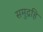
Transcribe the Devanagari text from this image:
समुद्रहि